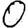
Digit: 0